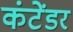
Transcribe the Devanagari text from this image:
कंटेंडर